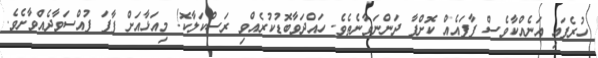
ހުރެފައި އަނެއްކާވެސް ފާފައެއް ކޮށްފާ ދަންނަވާނެތެވެ. ހައްދަވާބޮޑުކުރެއްވި ރަސްކަލާކޮ! މިއަޅާއަށް ފާފަ ފުއްސަވާދެއްވާށެވެ.